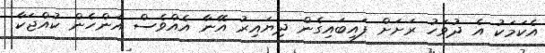
އެކަމަކު އެ ދުވަހު ރަށަށް ފައިބައިގެން ދިޔައިރު އޭނާ އެއްވެސް އަންހެން ކުއްޖަކާ